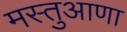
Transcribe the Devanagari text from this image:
मस्तुआणा